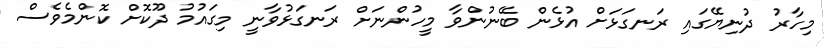
މިހާރު ދުނިޔޭގައި ރަނގަޅަށް އުޅެން ބޭނުންވާ މީހުންނަށް ރަނގަޅުވާނީ މިގައުމު ދޫކޮށް ކޮންމެވެސް